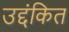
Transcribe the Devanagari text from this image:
उद्दंकित